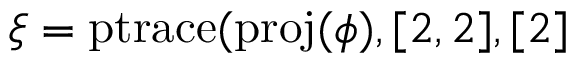
\xi = \operatorname { p t r a c e } ( \operatorname { p r o j } ( \phi ) , [ 2 , 2 ] , [ 2 ]